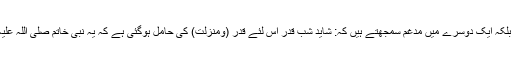
نیـــز امام خمینی(رح)، بنی خاتم(ص) اور شب قدر کو ایک دوسرے سے ہم آہنگ بلکہ ایک دوسرے میں مدغم سمجھتے ہیں کہ: شاید شب قدر اس لئے قدر (ومنزلت) کی حامل ہوگئی ہے کہ یہ نبی خاتم صلی اللہ علیہ وآلہ کی شب وصال اور حقیقی عاشق کے اپنے محبوب سے وصال کی شب ہے۔